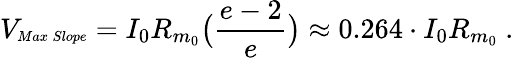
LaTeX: V_{\substack{\scriptscriptstyle Max\, Slope}}=I_{0}R_{m_{0}}{\big(\frac{e-2}{e}\big)}\approx 0.264\cdot I_{0}R_{m_{0}}~.